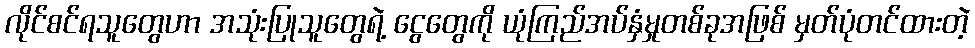
လိုင်စင်ရသူတွေဟာ အသုံးပြုသူတွေရဲ့ ငွေတွေကို ယုံကြည်အပ်နှံမှုတစ်ခုအဖြစ် မှတ်ပုံတင်ထားတဲ့